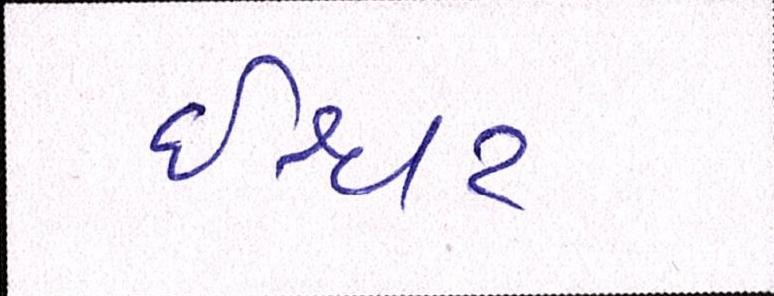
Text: ઈશ્વર